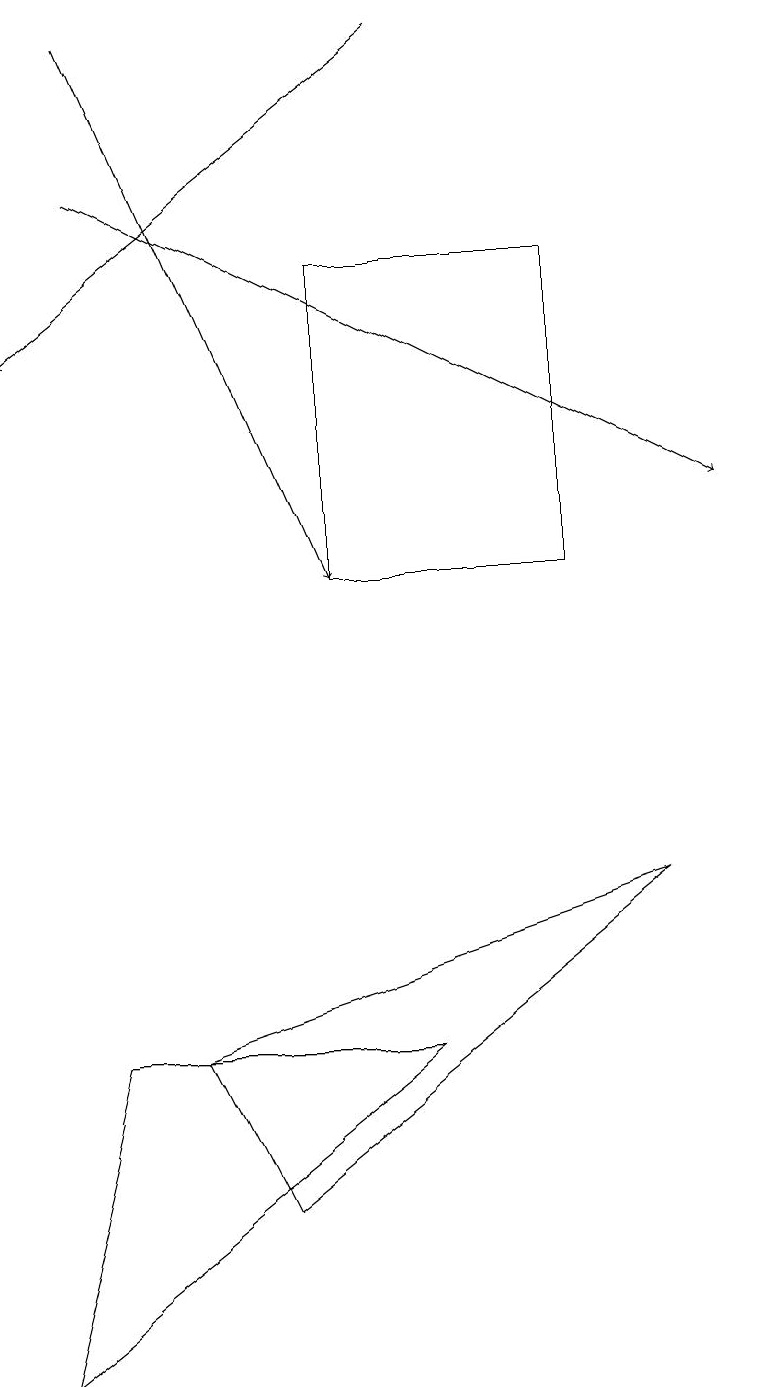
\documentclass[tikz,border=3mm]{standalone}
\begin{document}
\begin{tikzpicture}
\draw (7,14) rectangle (4,10);
\draw[->] (5,17) -- (0,13);
\draw[->] (1,17) -- (4,10);
\draw (2,4) -- (8,6) -- (3,2) -- cycle;
\draw (0,0) -- (5,4) -- (1,4) -- cycle;
\draw[->] (1,15) -- (9,11);
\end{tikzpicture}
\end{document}